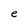
Character: e